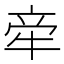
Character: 𬌟